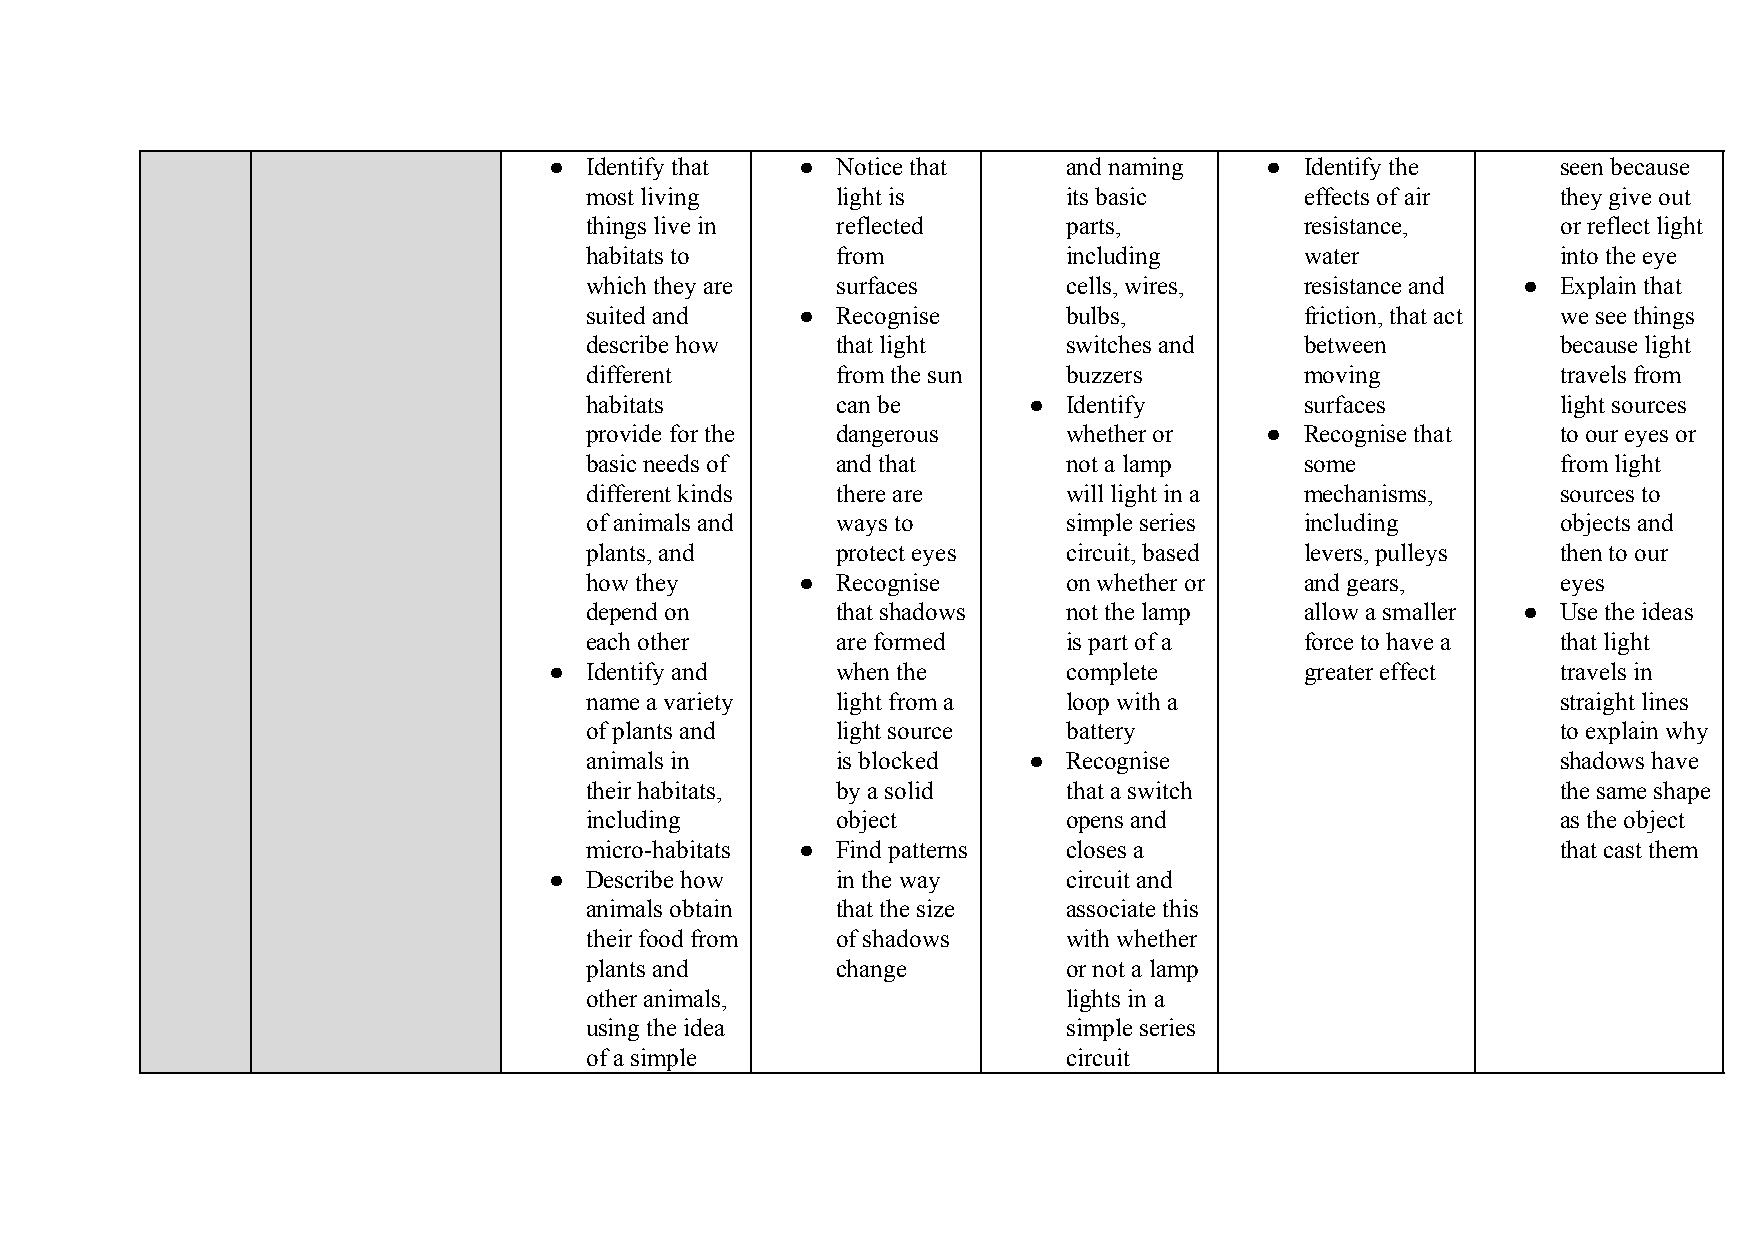
●  Identify that ● Notice that     and naming   ● Identify the     seen because
 most living     light is        its basic      effects of air   they give out
 things live in  reflected       parts,         resistance,      or reflect light
 habitats to     from            including      water            into the eye
 which they are  surfaces        cells, wires,  resistance and ● Explain that
 suited and    ● Recognise       bulbs,         friction, that act we see things
 describe how    that light      switches and   between          because light
 different       from the sun    buzzers        moving           travels from
 habitats        can be       ●  Identify       surfaces         light sources
 provide for the dangerous       whether or   ● Recognise that   to our eyes or
 basic needs of  and that        not a lamp     some             from light
 different kinds there are       will light in a mechanisms,     sources to
 of animals and  ways to         simple series  including        objects and
 plants, and     protect eyes    circuit, based levers, pulleys  then to our
 how they      ● Recognise       on whether or  and gears,       eyes
 depend on       that shadows    not the lamp   allow a smaller ● Use the ideas
 each other      are formed      is part of a   force to have a  that light
 ●  Identify and    when the        complete       greater effect   travels in
 name a variety  light from a    loop with a                     straight lines
 of plants and   light source    battery                         to explain why
 animals in      is blocked   ●  Recognise                       shadows have
 their habitats, by a solid      that a switch                   the same shape
 including       object          opens and                       as the object
 micro-habitats ● Find patterns  closes a                        that cast them
 ●  Describe how    in the way      circuit and
 animals obtain  that the size   associate this
 their food from of shadows      with whether
 plants and      change          or not a lamp
 other animals,                  lights in a
 using the idea                  simple series
 of a simple                     circuit